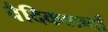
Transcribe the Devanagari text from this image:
वैदिकशब्दों